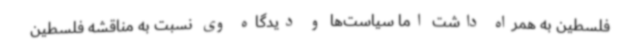
فلسطین به همراه داشت اما سیاست‌ها و دیدگاه وی نسبت به مناقشه فلسطین